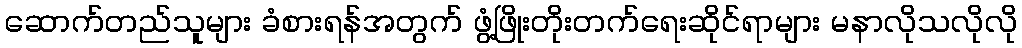
ဆောက်တည်သူများ ခံစားရန်အတွက် ဖွံ့ဖြိုးတိုးတက်ရေးဆိုင်ရာများ မနာလိုသလိုလို